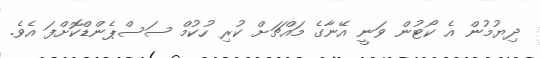
ދިޔުމުން އެ ކޯޓުން ވަނީ އޭނާގެ މައްޗަށް ކުރި ހުކުމް ސަސްޕެންޑްކޮށްފަ އެވެ.